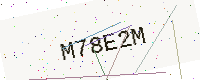
Text: M78E2M